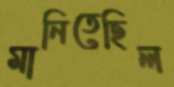
মানিতেছিল